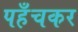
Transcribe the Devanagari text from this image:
पहँचकर